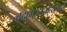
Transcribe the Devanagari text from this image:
त्वदामज्जनात्सज्जनो